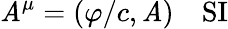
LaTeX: \mathit{A}^{\mu}=(\varphi/c,\mathbf{{\mathit{A}}})\quad{\mathrm{{SI}}}